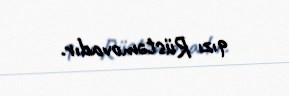
qızı Rüstəmovadır.